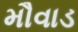
મૌવાડ